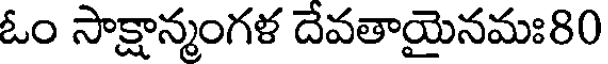
ఓం సాక్షాన్మంగళ దేవతాయైనమః80